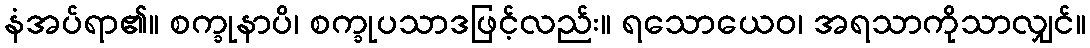
နံအပ်ရာ၏။ စက္ခုနာပိ၊ စက္ခုပသာဒဖြင့်လည်း။ ရသောယေဝ၊ အရသာကိုသာလျှင်။